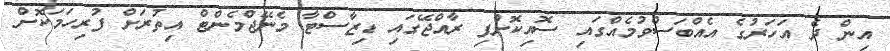
އިން ދެ އަހަރުގެ އެއްބަސްވުމެއްގައި ސޮއިކޮށްފި ރާއްޖޭގައި ޑިޒާސްޓާ މެނޭޖްމެންޓް އިތުރަށް ފުރިހަމަކޮށް